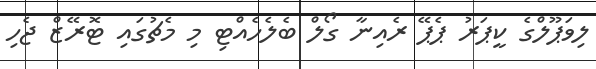
ލިވަޕޫލްގެ ކީޕަރު ޕެޕޭ ރެއިނާ ގޯލް ބެލެހެއްޓި މި މެޗުގައި ޓޮރޭޒް ޖެހި